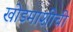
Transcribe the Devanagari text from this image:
खोडमाशीची